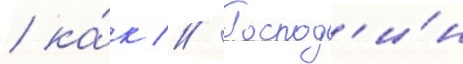
/ ка́к // Господ'и́н